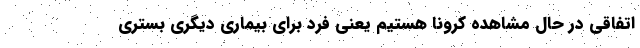
اتفاقی در حال مشاهده کرونا هستیم یعنی فرد برای بیماری دیگری بستری